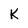
Character: K